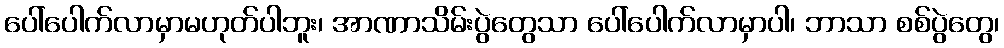
ပေါ်ပေါက်လာမှာမဟုတ်ပါဘူး၊ အာဏာသိမ်းပွဲတွေသာ ပေါ်ပေါက်လာမှာပါ၊ ဘာသာ စစ်ပွဲတွေ၊